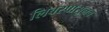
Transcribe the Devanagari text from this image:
लिबरपासूनच